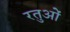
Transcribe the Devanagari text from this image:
रतुओं